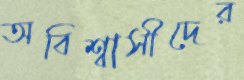
অবিশ্বাসীদের